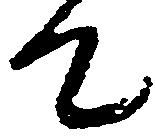
て